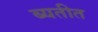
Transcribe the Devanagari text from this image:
ब्यतीत